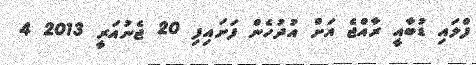
ފްލައި ޑުބާއީ ރާއްޖެ އަށް އުދުހެން ފަށައިފި 20 ޖެނުއަރީ 2013 4